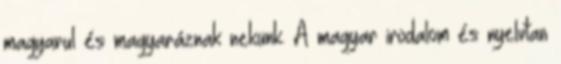
magyarul és magyaráznak nekünk. A magyar irodalom és nyelvtan